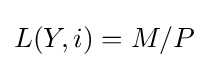
L(Y,i)=M/P